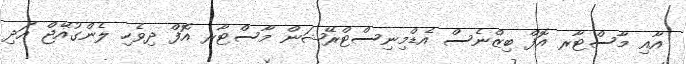
އާއި މާސްޓާރ އޮފް ބިޒްނެސް އެޑްމިނިސްޓްރޭޝަން މާސްޓާރ އޮފް ދިވެހި ލެންގުއޭޖް އަދި